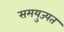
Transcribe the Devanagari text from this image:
समयुज्यत